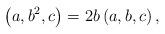
LaTeX: \begin{align*}\left( a,b^{2},c\right)=2b\left( a,b,c\right), \end{align*}